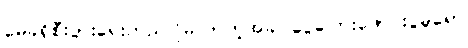
မေခရိုစီးပွားရေးတည်ငြိမ်လာတဲ့အခါ ငွေကြေးဖောင်းပွမှုရော